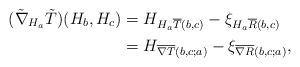
LaTeX: \begin{align*}(\tilde \nabla_{H_a} \tilde T)(H_b, H_c) & = H_{H_a \overline{T}(b,c)} - \xi_{H_a \overline{R}(b,c)} \\& = H_{\overline{\nabla T}(b,c;a)} - \xi_{\overline{\nabla R}(b,c;a)},\end{align*}